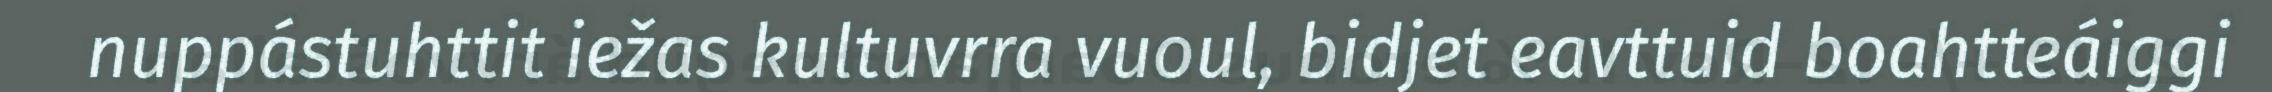
nuppástuhttit iežas kultuvrra vuoul, bidjet eavttuid boahtteáiggi